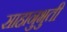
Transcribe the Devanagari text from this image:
साहानुभुती